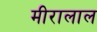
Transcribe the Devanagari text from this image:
मीरालाल